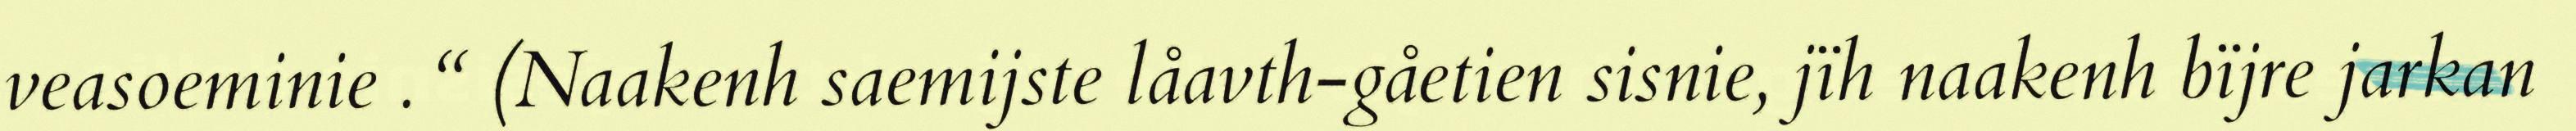
veasoeminie . “ (Naakenh saemijste låavth-gåetien sisnie, jïh naakenh bïjre jarkan